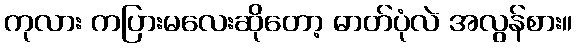
ကုလား ကပြားမလေးဆိုတော့ ဓာတ်ပုံလဲ အလွန်စား။